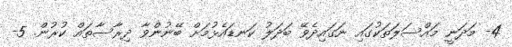
4- މަދަނީ މައްސަލަތަކުގައި ނަގައިދެވޭ ބަދަލު ކަނޑައެޅުމަށް ބޭނުންވާ ދިރާސާތައް ކުރުން. 5-